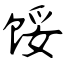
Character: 馁